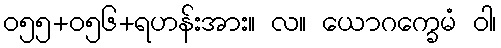
ဝ၅၅+၀၅၆+ရဟန်းအား။ လ။ ယောဂက္ခေမံ ဝါ၊